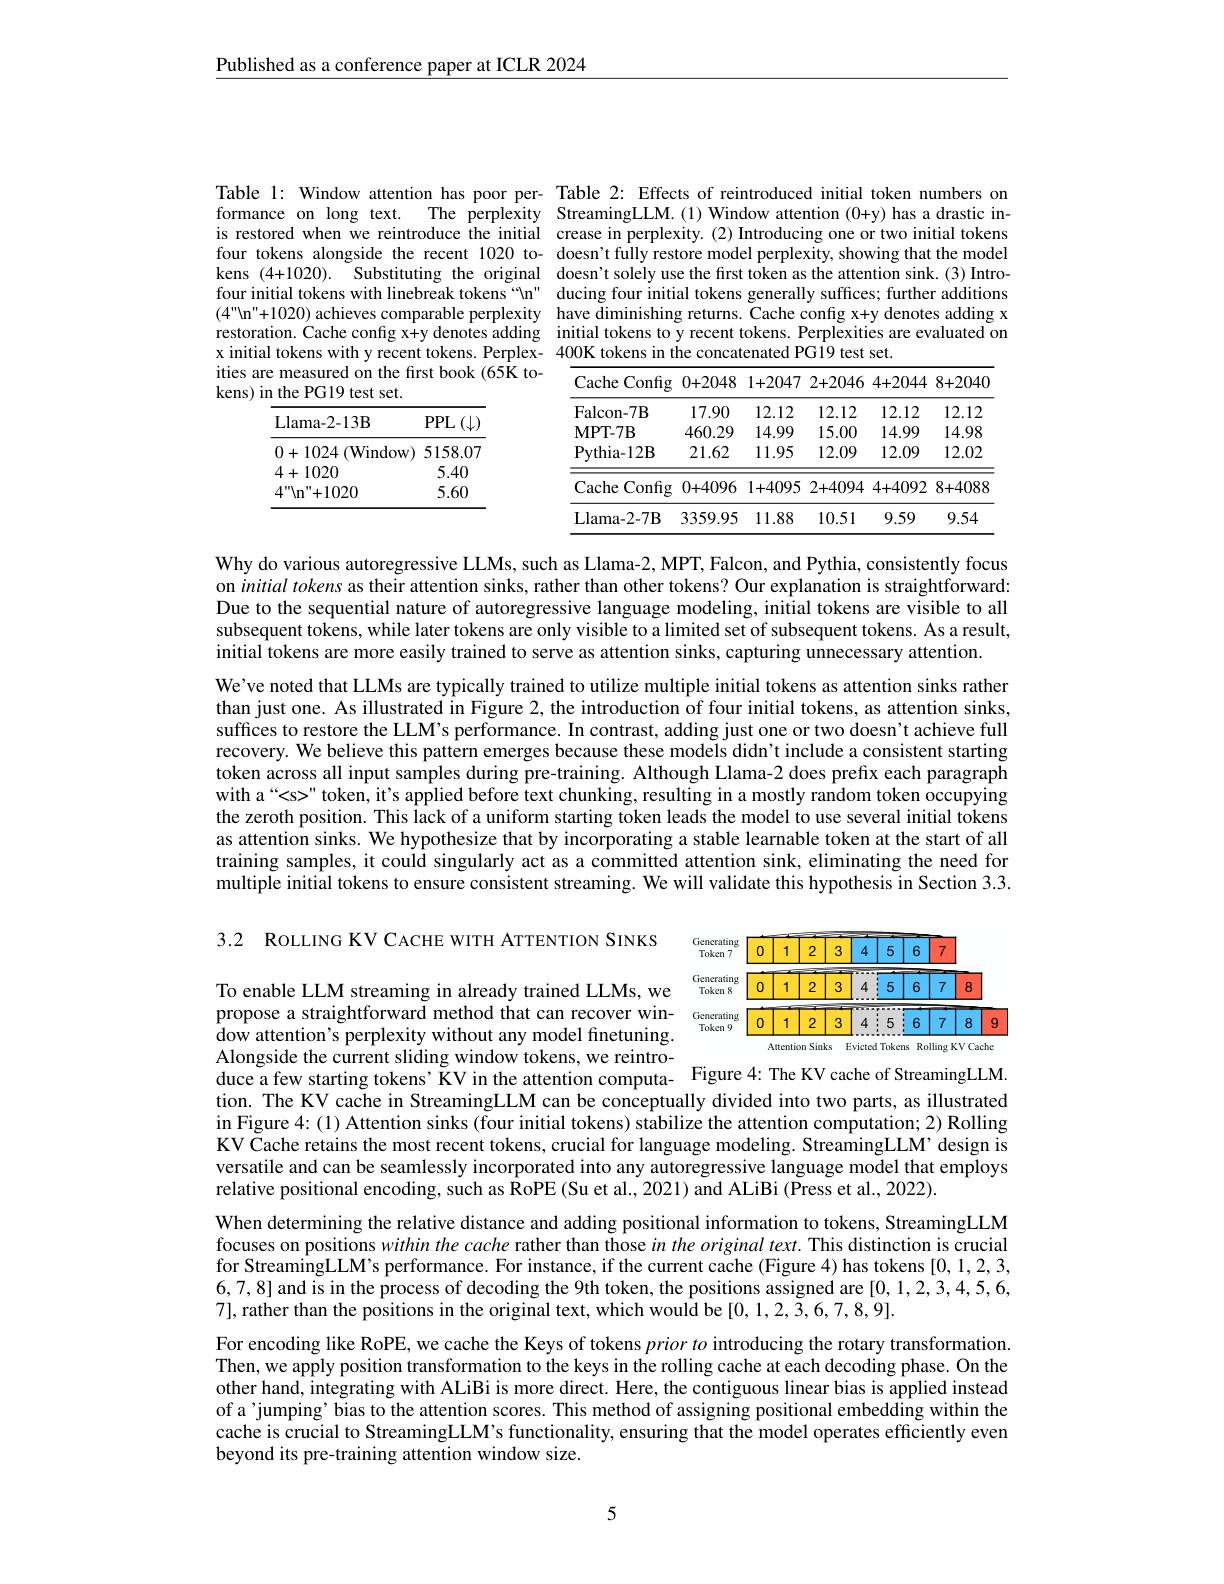
$\underline{\text{Published as a conference paper at ICLR 2024}}$

Table 1: Window attention has poor per- Table 2: Effects of reintroduced initial token numbers on formance on long text. The perplexity StreamingLLM.(1)Window attention (0+y) has a drastic inis restored when we reintroduce the initial crease in perplexity.(2) Introducing one or two initial tokens four tokens alongside the recent 1020 to- doesn't fully restore model perplexity, showing that the model kens (4+1020). Substituting the original doesn't solely use the first token as the attention sink.(3) Introfour initial tokens with linebreak tokens“n" ducing four initial tokens generally suffices; further additions $( 4"$n" + 1020) achieves comparable perplexity have diminishing returns. Cache config x+y denotes adding x restoration. Cache config x+y denotes adding initial tokens to y recent tokens. Perplexities are evaluated on x initial tokens with y recent tokens. Perplex- 400K tokens in the concatenated PG19 test set.

ities are measured on the first book (65K to-
kens) in the PG19 test set.

<table>
	<tbody>
		<tr>
			<th>Config Cache</th>
			<th>0+2048</th>
			<th>1+2047</th>
			<th>2+2046</th>
			<th>4+2044</th>
			<th>8+2040</th>
		</tr>
		<tr>
			<th>Falcon- 7B</th>
			<th>17.90</th>
			<th>12.12</th>
			<th>12.12</th>
			<th>12.12</th>
			<th>12.12</th>
		</tr>
		<tr>
			<td>MPT- 7B</td>
			<td>460.29</td>
			<td>14.99</td>
			<td>15.00</td>
			<td>14.99</td>
			<td>14.98</td>
		</tr>
		<tr>
			<td>${\mathrm{Pythia-12B}}$</td>
			<td>21.62</td>
			<td>11.95</td>
			<td>12.09</td>
			<td>12.09</td>
			<td>12.02</td>
		</tr>
		<tr>
			<td>:Config Cache</td>
			<td>0+4096</td>
			<td>1+4095</td>
			<td>2+4094</td>
			<td>4+4092</td>
			<td>8+4088</td>
		</tr>
		<tr>
			<td>Llama- 2- 7B</td>
			<td>3359.95</td>
			<td>11.88</td>
			<td>10.51</td>
			<td>9.59</td>
			<td>9.54</td>
		</tr>
	</tbody>
</table>

<table>
	<tbody>
		<tr>
			<th>Llama- 2- 13B</th>
			<th>PPL$\left ( \downarrow \right .$</th>
		</tr>
		<tr>
			<td>0+1024 ${\mathbf{F}}({\mathrm{Window}}$</td>
			<td>$dow)$ 5158.07</td>
		</tr>
		<tr>
			<td>4+1020</td>
			<td>5.40</td>
		</tr>
		<tr>
			<td>$4^{\prime\prime}\backslash\mathrm{n}^{\prime\prime}+1020$</td>
			<td>5.60</td>
		</tr>
	</tbody>
</table>

Why do various autoregressive LLMs, such as Llama-2, MPT, Falcon, and Pythia, consistently focus on $initial\textit{ tokens as their attention sinks, rather than other tokens? Our explanation is straightforward: }$ Due to the sequential nature of autoregressive language modeling, initial tokens are visible to all subsequent tokens, while later tokens are only visible to a limited set of subsequent tokens. As a result, initial tokens are more easily trained to serve as attention sinks, capturing unnecessary attention.

We've noted that LLMs are typically trained to utilize multiple initial tokens as attention sinks rather than just one. As illustrated in Figure 2,the introduction of four initial tokens, as attention sinks, suffices to restore the LLM's performance. In contrast, adding just one or two doesn't achieve full recovery. We believe this pattern emerges because these models didn't include a consistent starting token across all input samples during pre-training. Although Llama-2 does prefix each paragraph with a“
" token, it's applied before text chunking, resulting in a mostly random token occupying the zeroth position. This lack of a uniform starting token leads the model to use several initial tokens as attention sinks. We hypothesize that by incorporating a stable learnable token at the start of all training samples, it could singularly act as a committed attention sink, eliminating the need for multiple initial tokens to ensure consistent streaming. We will validate this hypothesis in Section 3.3.

3.2 ROLLING KV CACHE WITH ATTENTION SINKS

To enable LLM streaming in already trained LLMs, we

<FigureHere>

propose a straightforward method that can recover win-

dow attention's perplexity without any model finetuning.

duce a few starting tokens’KV in the attention computa- Figure 4: The KV cache of StreamingLLM. tion. The KV cache in StreamingLLM can be conceptually divided into two parts, as illustrated in Figure 4: (1) Attention sinks (four initial tokens) stabilize the attention computation; 2) Rolling KV Cache retains the most recent tokens, crucial for language modeling. StreamingLLM’ design is versatile and can be seamlessly incorporated into any autoregressive language model that employs relative positional encoding, such as RoPE (Su et al., 2021) and ALiBi (Press et al., 2022).

Alongside the current sliding window tokens, we reintro-
When determining the relative distance and adding positional information to tokens, StreamingLLM focuses on positions within the cache rather than those in the original text. This distinction is crucial for StreamingLLM's performance. For instance, if the current cache (Figure 4) has tokens [0,1,2,3, 6,7,8] and is in the process of decoding the 9th token, the positions assigned are [0,1,2,3,4,5,6, 7],rather than the positions in the original text, which would be $[0,1,2,\tilde{3},6,7,8,9].$
For encoding like RoPE, we cache the Keys of tokens $prior\textit{ to introducing the rotary transformation. }$ Then, we apply position transformation to the keys in the rolling cache at each decoding phase. On the other hand, integrating with ALiBi is more direct. Here, the contiguous linear bias is applied instead of a'jumping' bias to the attention scores. This method of assigning positional embedding within the cache is crucial to StreamingLLM's functionality, ensuring that the model operates efficiently even beyond its pre-training attention window size.

5